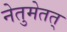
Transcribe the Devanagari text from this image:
नेतुमेतत्‌